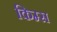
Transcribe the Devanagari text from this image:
किम्स